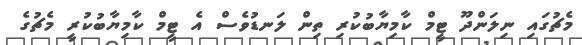
މެޗުގައި ނިލަންދޫ ޓީމް ކާމިޔާބުކުރި ތިން ލަނޑުވެސް އެ ޓީމް ކާމިޔާބުކުރީ މެޗުގެ